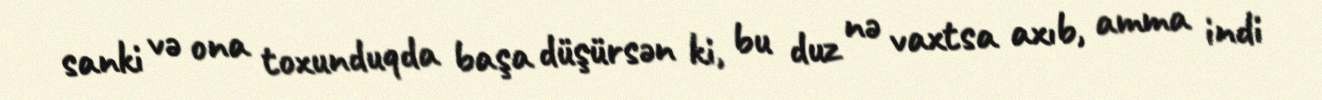
sanki və ona toxunduqda başa düşürsən ki, bu duz nə vaxtsa axıb, amma indi